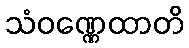
သံဝဏ္ဏေထာတိ